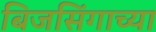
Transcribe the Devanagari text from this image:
बिजसिंगाच्या